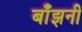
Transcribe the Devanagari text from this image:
बाँझनी